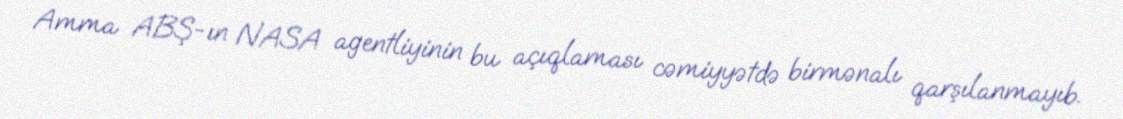
Amma ABŞ-ın NASA agentliyinin bu açıqlaması cəmiyyətdə birmənalı qarşılanmayıb.